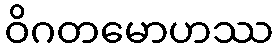
ဝိဂတမောဟဿ